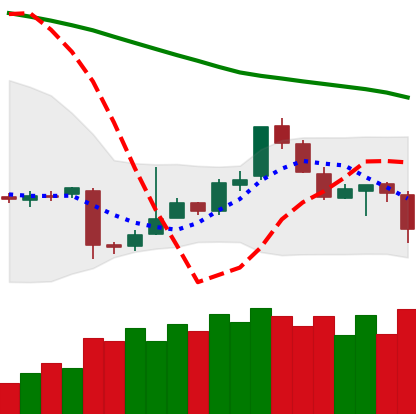
Ticker: EOS-USD
Chart end date: 2018-11-13
Forward return: -12.227%
Label: down_7plus